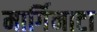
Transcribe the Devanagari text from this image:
मार्गिनाटा